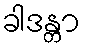
ခါဒန္တာ